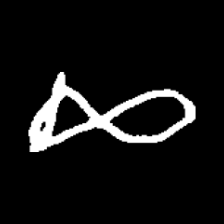
Pyu character \u2014 Myanmar letter: ဆ (romanized: cha)